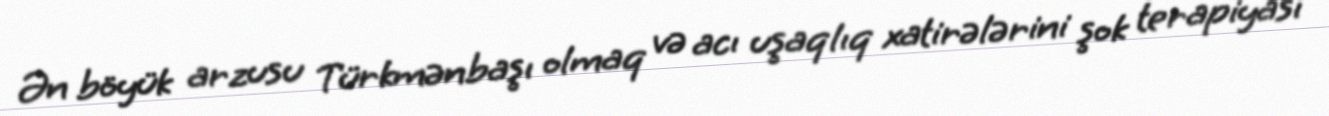
Ən böyük arzusu Türkmənbaşı olmaq və acı uşaqlıq xatirələrini şok terapiyası